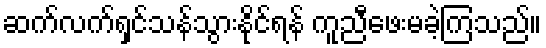
ဆက်လက်ရှင်သန်သွားနိုင်ရန် ကူညီဖေးမခဲ့ကြသည်။